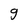
Character: g